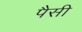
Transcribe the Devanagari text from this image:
पैसी